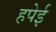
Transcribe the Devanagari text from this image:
हपेई